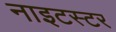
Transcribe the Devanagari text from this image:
नाइटस्टर